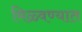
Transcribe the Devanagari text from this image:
मिळ्वण्यात